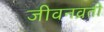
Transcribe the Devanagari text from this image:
जीवनव्रती